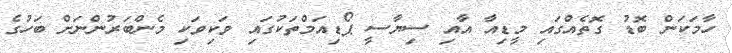
ހާމަކަން ބޮޑު ގޮތެއްގައި މީޑިއާ އާއި ސިޔާސީ ޕޯޑިއަމްތަކުގައި ވަކިވަކި މެންބަރުންނަށް ބަހުގެ